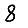
Digit: 8